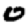
Digit: 0